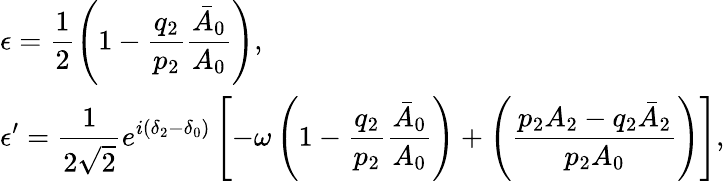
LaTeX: \begin{array}{l}{{\displaystyle{\epsilon=\frac{1}{2}\left(1-\frac{q_{2}}{p_{2}}\frac{\bar{A}_{0}}{A_{0}}\right)},}}\\ {{\displaystyle{\epsilon^{\prime}=\frac{1}{2\sqrt{2}}e^{i(\delta_{2}-\delta_{0})}\left[-\omega\left(1-\frac{q_{2}}{p_{2}}\frac{\bar{A}_{0}}{A_{0}}\right)+\left(\frac{p_{2}A_{2}-q_{2}\bar{A}_{2}}{p_{2}A_{0}}\right)\right],}}}\end{array}